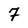
Character: 7